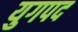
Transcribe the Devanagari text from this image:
युगपद